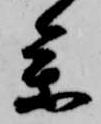
参